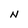
Character: N